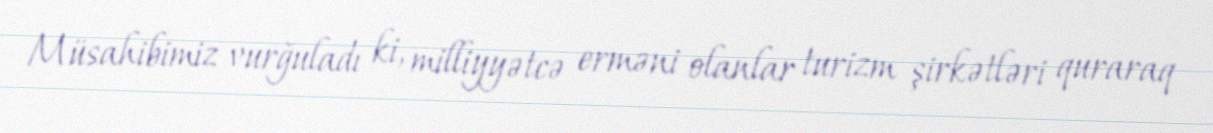
Müsahibimiz vurğuladı ki, milliyyətcə erməni olanlar turizm şirkətləri quraraq